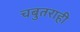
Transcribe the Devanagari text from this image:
चबुतराही